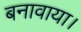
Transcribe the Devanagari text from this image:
बनावाया।